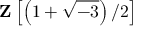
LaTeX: \mathbf { Z } \left[ \left( 1 + { \sqrt { - 3 } } \right) / 2 \right]